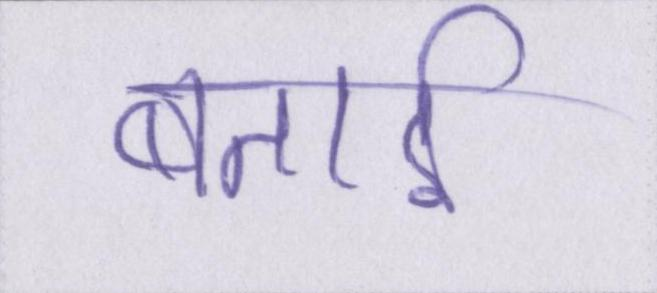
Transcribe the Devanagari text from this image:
बताई